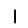
Digit: 1